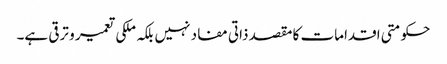
حکومتی اقدامات کا مقصد ذاتی مفاد نہیں بلکہ ملکی تعمیر و ترقی ہے۔